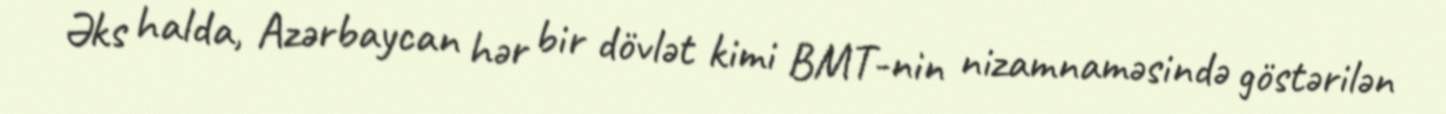
Əks halda, Azərbaycan hər bir dövlət kimi BMT-nin nizamnaməsində göstərilən